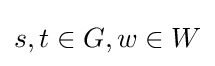
s,t\in G,w\in W